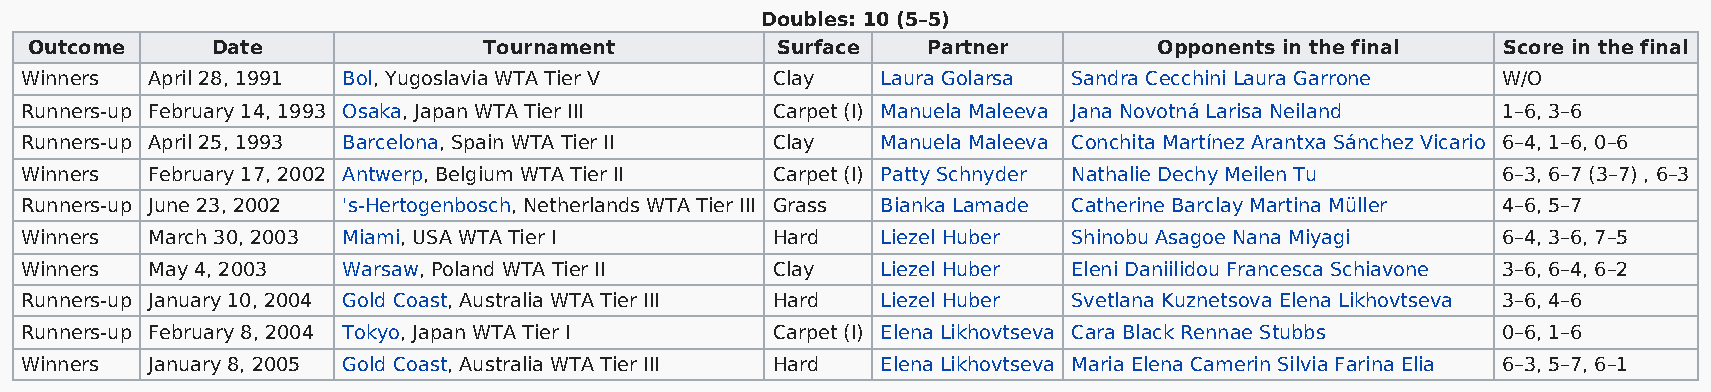
Doubles: 10 (5–5)
 Outcome     Date              Tournament         Surface   Partner         Opponents in the final Score in the final
 Winners  April 28, 1991 Bol, Yugoslavia WTA Tier V Clay  Laura Golarsa Sandra Cecchini Laura Garrone W/O
 Runners-up February 14, 1993 Osaka, Japan WTA Tier III Carpet (I) Manuela Maleeva Jana Novotná Larisa Neiland 1–6, 3–6
 Runners-up April 25, 1993 Barcelona, Spain WTA Tier II Clay Manuela Maleeva Conchita Martínez Arantxa Sánchez Vicario 6–4, 1–6, 0–6
 Winners  February 17, 2002 Antwerp, Belgium WTA Tier II Carpet (I) Patty Schnyder Nathalie Dechy Meilen Tu 6–3, 6–7 (3–7) , 6–3
 Runners-up June 23, 2002 's-Hertogenbosch, Netherlands WTA Tier III Grass Bianka Lamade Catherine Barclay Martina Müller 4–6, 5–7
 Winners  March 30, 2003 Miami, USA WTA Tier I     Hard   Liezel Huber Shinobu Asagoe Nana Miyagi  6–4, 3–6, 7–5
 Winners  May 4, 2003  Warsaw, Poland WTA Tier II  Clay   Liezel Huber Eleni Daniilidou Francesca Schiavone 3–6, 6–4, 6–2
 Runners-up January 10, 2004 Gold Coast, Australia WTA Tier III Hard Liezel Huber Svetlana Kuznetsova Elena Likhovtseva 3–6, 4–6
 Runners-up February 8, 2004 Tokyo, Japan WTA Tier I Carpet (I) Elena Likhovtseva Cara Black Rennae Stubbs 0–6, 1–6
 Winners  January 8, 2005 Gold Coast, Australia WTA Tier III Hard Elena Likhovtseva Maria Elena Camerin Silvia Farina Elia 6–3, 5–7, 6–1